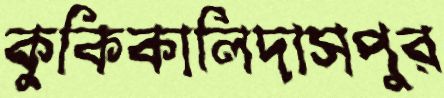
কুকিকালিদাসপুর